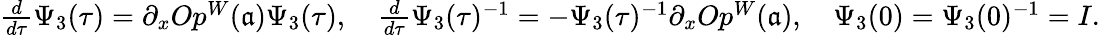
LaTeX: \begin{array}{r}{\frac{d}{d\tau}\Psi_{3}(\tau)=\partial_{x}Op^{W}(\mathfrak{a})\Psi_{3}(\tau),\quad\frac{d}{d\tau}\Psi_{3}(\tau)^{-1}=-\Psi_{3}(\tau)^{-1}\partial_{x}Op^{W}(\mathfrak{a}),\quad\Psi_{3}(0)=\Psi_{3}(0)^{-1}=I.}\end{array}